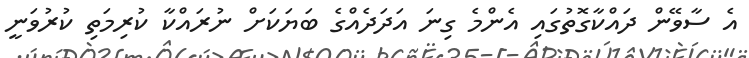
އެ ސާވޭން ދައްކާގޮތުގައި އެންމެ ގިނަ އަދަދެއްގެ ބަޔަކަށް ނުރައްކާ ކުރިމަތި ކުރުވަނީ